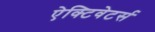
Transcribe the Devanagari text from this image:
ऐक्टिवेटर्स